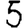
Digit: 5